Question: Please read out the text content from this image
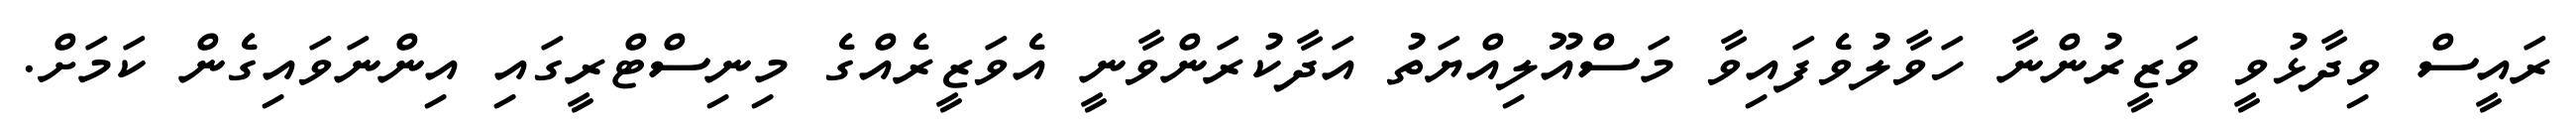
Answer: ރައީސް ވިދާޅުވީ ވަޒީރުންނާ ހަވާލުވެފައިވާ މަސްއޫލިއްޔަތު އަދާކުރަންވާނީ އެވަޒީރެއްގެ މިނިސްޓްރީގައި އިންނަވައިގެން ކަމަށް.